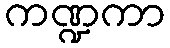
ကဏ္ဍကာ